Leningradi_Edasi_toimetus, lk 81
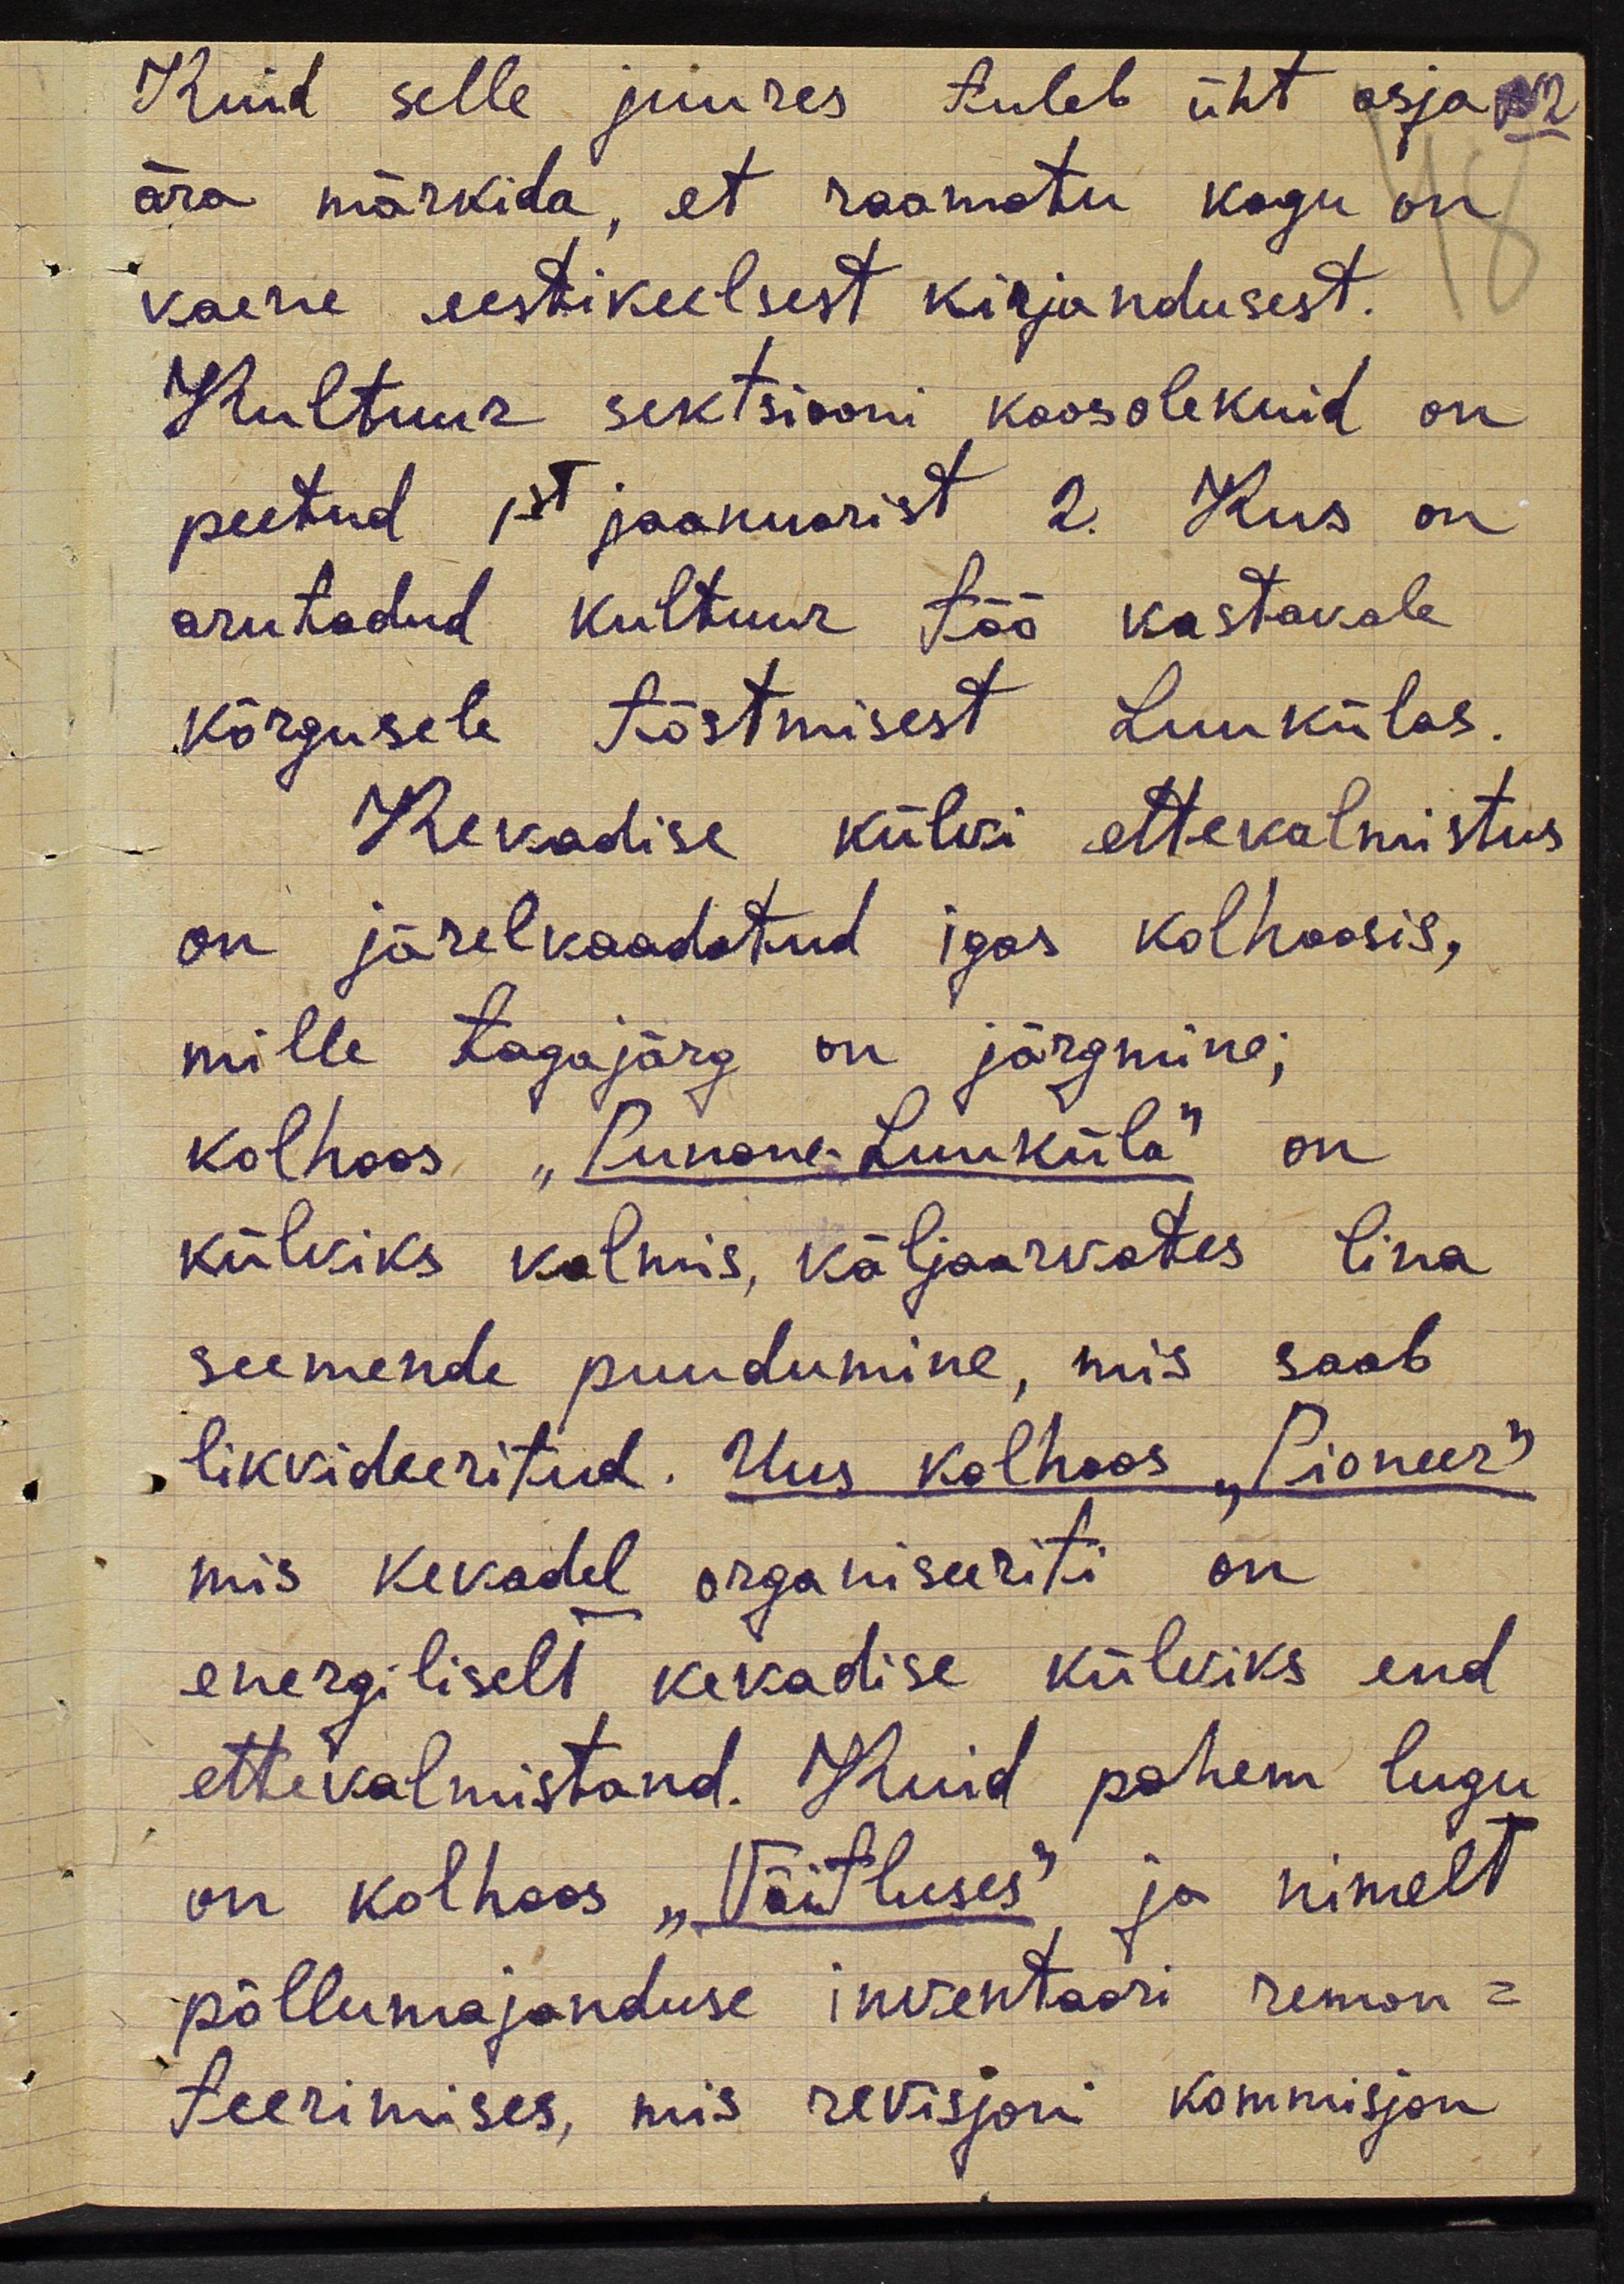
Kuid selle juures tuleb üht asja
ära märkida, et raamatu kogu on
vaene eestikeelsest kirjandusest.
Kultuur sektsiooni koosolekuid on
peetud 1st jaanuarist 2. Kus on
arutadud kultuur töö kastavale
kõrgusele tõstmisest Luukülas.
Kevadise külvi ettevalmistus
on järelvaadatud igas kolhoosis,
mille tagajärg on järgmine;
kolhoos "Punane-Luuküla" on
külviks valmis, väljaarvates lina
seemende puudumine, mis saab
likvideeritud. Uus kolhoos "Pioneer"
mis kevadel organiseeriti on
energiliselt kevadise külviks end
ettevalmistand. Kuid pahem lugu
on kolhoos "Võitluses" ja nimelt
põllumajanduse inventaari remon-
teerimises, mis revisjoni kommisjon